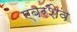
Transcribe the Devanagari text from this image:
एबरशेव